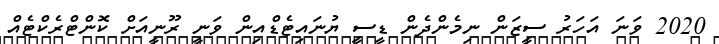
2020 ވަނަ އަހަރު ސީޒަން ނިމެންދެން ޑީސީ ޔުނައިޓެޑްއިން ވަނީ ރޫނީއަށް ކޮންޓްރެކްޓެއް